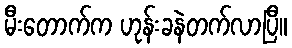
မီးတောက်က ဟုန်းခနဲတက်လာပြီ။